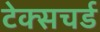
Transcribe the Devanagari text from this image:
टेक्सचर्ड